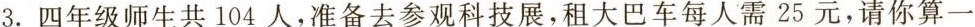
3.四年级师生共104人，准备去参观科技展，租大巴车每人需25元，请你算一